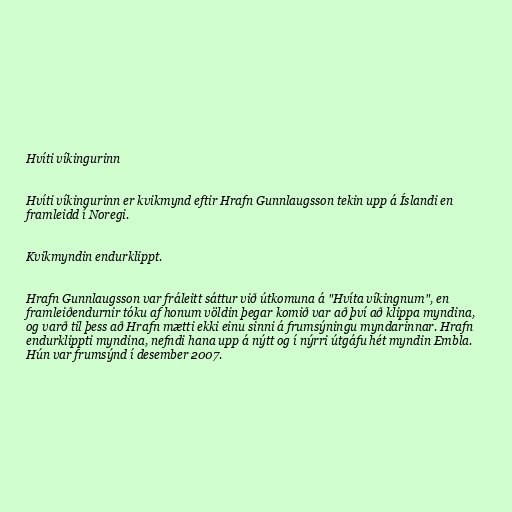
Hvíti víkingurinn

Hvíti víkingurinn er kvikmynd eftir Hrafn Gunnlaugsson tekin upp á Íslandi en
framleidd í Noregi.

Kvikmyndin endurklippt.

Hrafn Gunnlaugsson var fráleitt sáttur við útkomuna á "Hvíta víkingnum", en
framleiðendurnir tóku af honum völdin þegar komið var að því að klippa myndina,
og varð til þess að Hrafn mætti ekki einu sinni á frumsýningu myndarinnar. Hrafn
endurklippti myndina, nefndi hana upp á nýtt og í nýrri útgáfu hét myndin Embla.
Hún var frumsýnd í desember 2007.